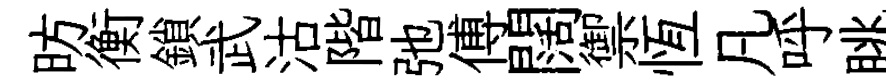
昉衡鎖武沽階弛傅闊禦恆凡呼眺